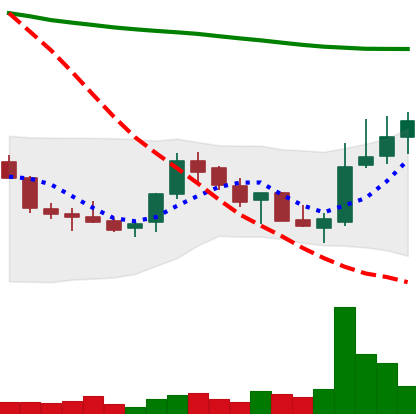
Ticker: LINK-USD
Chart end date: 2018-07-28
Forward return: 10.572%
Label: up_7plus